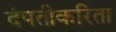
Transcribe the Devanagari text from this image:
दंपतीकरिता